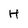
Character: H